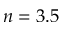
n = 3 . 5